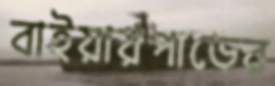
বাইয়ারপাড়ের